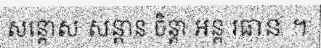
សន្តោស សន្តាន ចិន្តា អន្ត រធាន ។